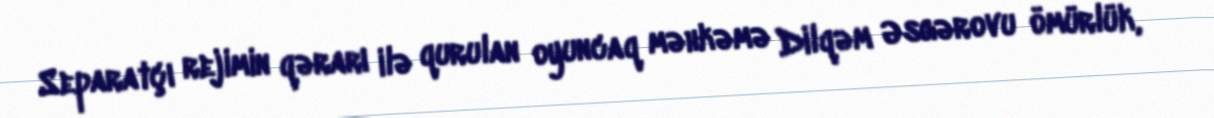
Separatçı rejimin qərarı ilə qurulan oyuncaq məhkəmə Dilqəm Əsgərovu ömürlük,